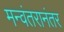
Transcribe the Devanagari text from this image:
मन्वंतरानंतर